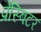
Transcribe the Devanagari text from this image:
प्रेस्बिटर